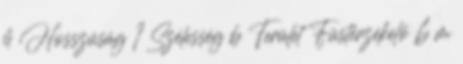
h Hosszúság 1 Szélesség b Terület Füstérzékelõ 6 m